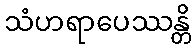
သံဟရာပေဿန္တိ